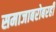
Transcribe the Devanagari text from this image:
समाजाबरोबरही